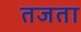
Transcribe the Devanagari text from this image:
तजता